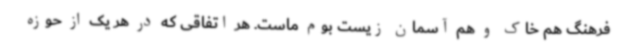
فرهنگ هم خاک و هم آسمان زیست بوم ماست. هر اتفاقی که در هر یک از حوزه